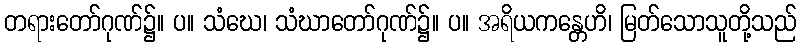
တရားတော်ဂုဏ်၌။ ပ။ သံဃေ၊ သံဃာတော်ဂုဏ်၌။ ပ။ အရိယကန္တေဟိ၊ မြတ်သောသူတို့သည်